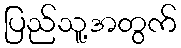
ပြည်သူ့အတွက်